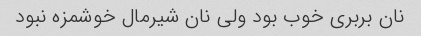
نان بربری خوب بود ولى نان شیرمال خوشمزه نبود